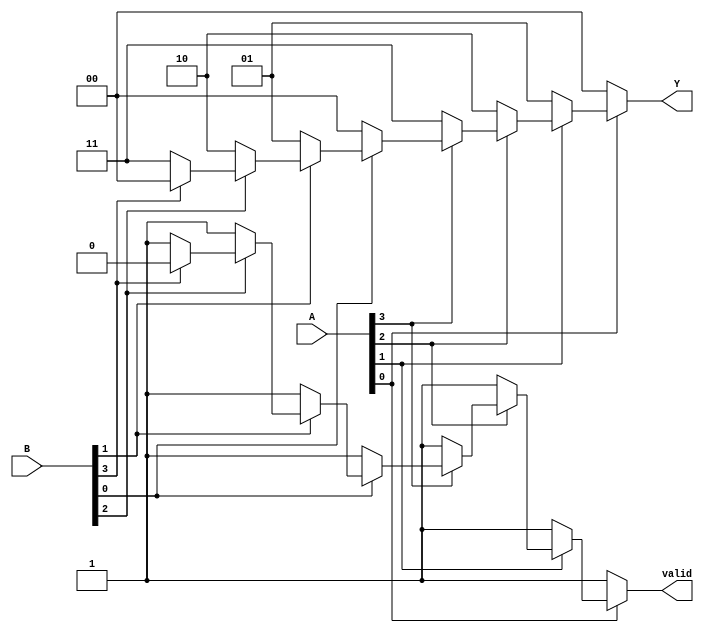
module dual_priority_encoder (
    input  wire [3:0] A,   // Active low inputs for set A
    input  wire [3:0] B,   // Active low inputs for set B
    output reg  [1:0] Y,   // Binary output for the index of the highest active input
    output reg  valid       // Active indicator
);

always @(*) begin
    // Initialize outputs
    Y = 2'b00;  // Default output
    valid = 1'b0; // Default valid output
    
    // Check inputs from set A
    if (~A[0]) begin
        Y = 2'b00; // A[0] is active
        valid = 1'b1;
    end else if (~A[1]) begin
        Y = 2'b01; // A[1] is active
        valid = 1'b1;
    end else if (~A[2]) begin
        Y = 2'b10; // A[2] is active
        valid = 1'b1;
    end else if (~A[3]) begin
        Y = 2'b11; // A[3] is active
        valid = 1'b1;
    end
    // If no active inputs from set A, check set B
    else if (~B[0]) begin
        Y = 2'b00; // B[0] is active
        valid = 1'b1;
    end else if (~B[1]) begin
        Y = 2'b01; // B[1] is active
        valid = 1'b1;
    end else if (~B[2]) begin
        Y = 2'b10; // B[2] is active
        valid = 1'b1;
    end else if (~B[3]) begin
        Y = 2'b11; // B[3] is active
        valid = 1'b1;
    end
end

endmodule